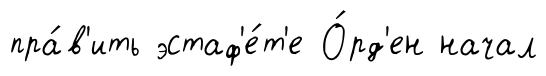
пра́в'ить эстаф'е́т'е О́рд'ен начал